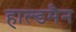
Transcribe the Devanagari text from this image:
हाल्डमैन